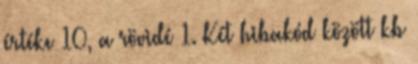
értéke 10, a rövidé 1. Két hibakód között kb